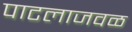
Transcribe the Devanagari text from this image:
पाटलाजवळ